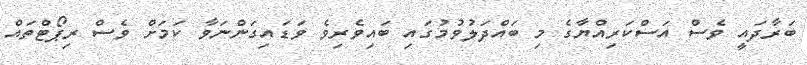
ބަރާދައީ ވެސް އަސްކަރިއްޔާގެ މި ބައްދަލުވުމުގައި ބައިވެރިވެ ވަޑައިގަންނަވާ ކަމަށް ވެސް ރިޕޯޓްތައް